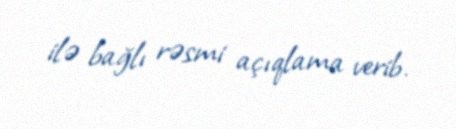
ilə bağlı rəsmi açıqlama verib.